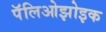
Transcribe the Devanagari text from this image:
पॅलिओझोइक